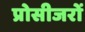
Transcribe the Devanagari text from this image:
प्रोसीजरों